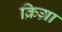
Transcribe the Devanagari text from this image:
क्रिग्रा